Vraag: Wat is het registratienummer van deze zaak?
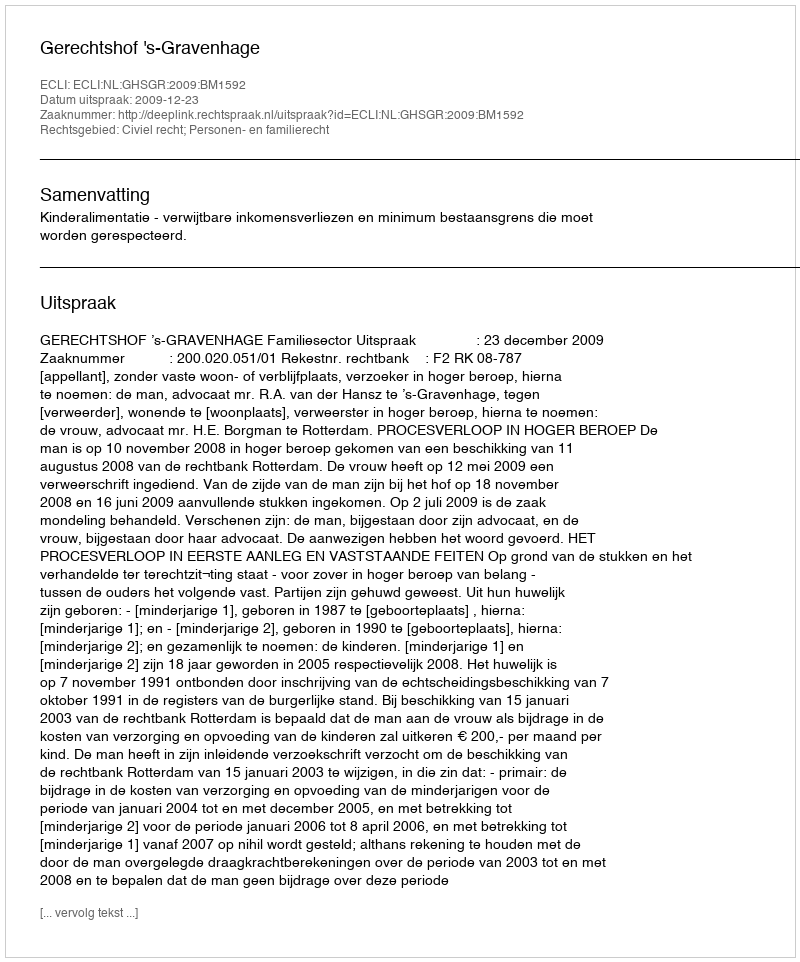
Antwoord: http://deeplink.rechtspraak.nl/uitspraak?id=ECLI:NL:GHSGR:2009:BM1592